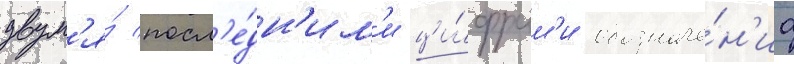
двум'я́ посл'е́дн'им'и ци́фрам'и обозначе́н'иа